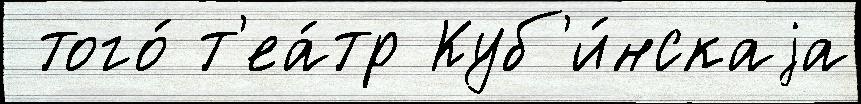
 того́ т'еа́тр Куб'и́нскаjа